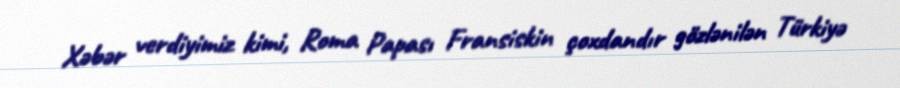
Xəbər verdiyimiz kimi, Roma Papası Fransiskin çoxdandır gözlənilən Türkiyə